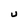
Character: U